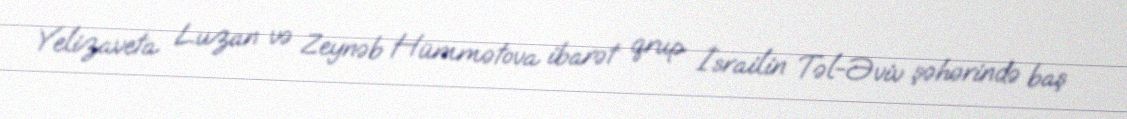
Yelizaveta Luzan və Zeynəb Hümmətova ibarət qrup İsrailin Təl-Əviv şəhərində baş